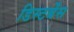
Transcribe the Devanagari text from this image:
डिस्टर्बेंस